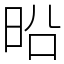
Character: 㫟